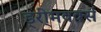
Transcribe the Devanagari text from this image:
ड्री्मवर्क्स